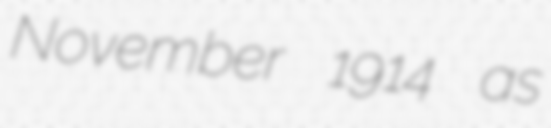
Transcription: November 1914 as